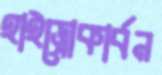
হাইড্রোকার্বন